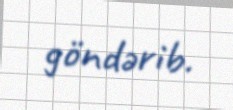
göndərib.